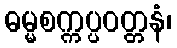
ဓမ္မစက္ကပ္ပဝတ္တနံ၊